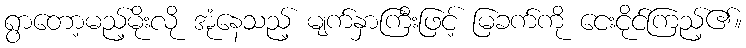
ရွာတော့မည့်မိုးလို အုံနေသည့် မျက်နှာကြီးဖြင့် မြခက်ကို ငေးငိုင်ကြည့်၏။